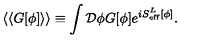
\langle \langle G [ \phi ] \rangle \rangle \equiv \int { \cal D } \phi G [ \phi ] e ^ { i S _ { \mathrm { e f f } } ^ { L } [ \phi ] } .